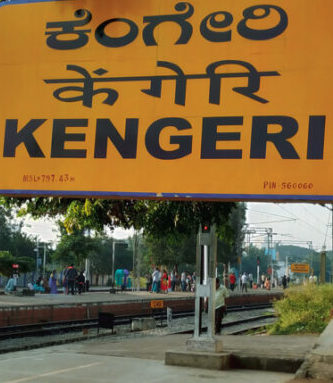
Language: kannada
Transcription: ಕೆಂಗೇರಿ